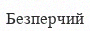
Безперчий